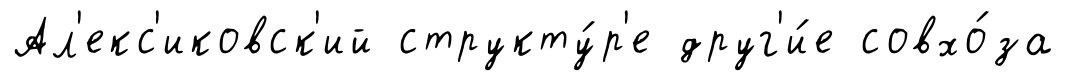
Ал'екс'иковск'ий структу́р'е друг'и́е совхо́за